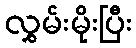
လွှမ်းမိုးပြီး